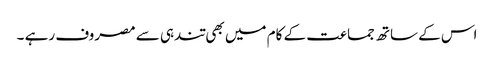
اس کے ساتھ جماعت کے کام میں بھی تندہی سے مصروف رہے ۔